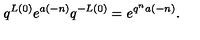
q ^ { L ( 0 ) } e ^ { a ( - n ) } q ^ { - L ( 0 ) } = e ^ { q ^ { n } a ( - n ) } .